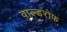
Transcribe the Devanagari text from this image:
वाल्डरोफ